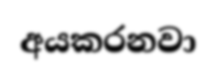
අයකරනවා